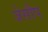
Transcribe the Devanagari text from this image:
जेसौप